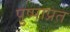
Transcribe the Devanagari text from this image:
पुष्पाप्रत